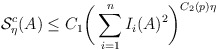
\begin{align*} \mathcal{S}_{\eta}^{c}(A) \leq C_1 \bigg( \sum_{i=1}^n I_i (A)^2 \bigg)^{C_2(p) \eta} \end{align*}